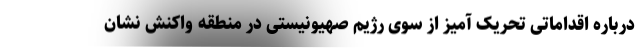
درباره اقداماتی تحریک آمیز از سوی رژیم صهیونیستی در منطقه واکنش نشان